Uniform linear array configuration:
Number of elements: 24
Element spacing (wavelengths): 0.75
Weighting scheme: cosine
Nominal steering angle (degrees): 0
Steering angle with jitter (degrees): -0.4953
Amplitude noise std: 0.05
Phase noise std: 0.05

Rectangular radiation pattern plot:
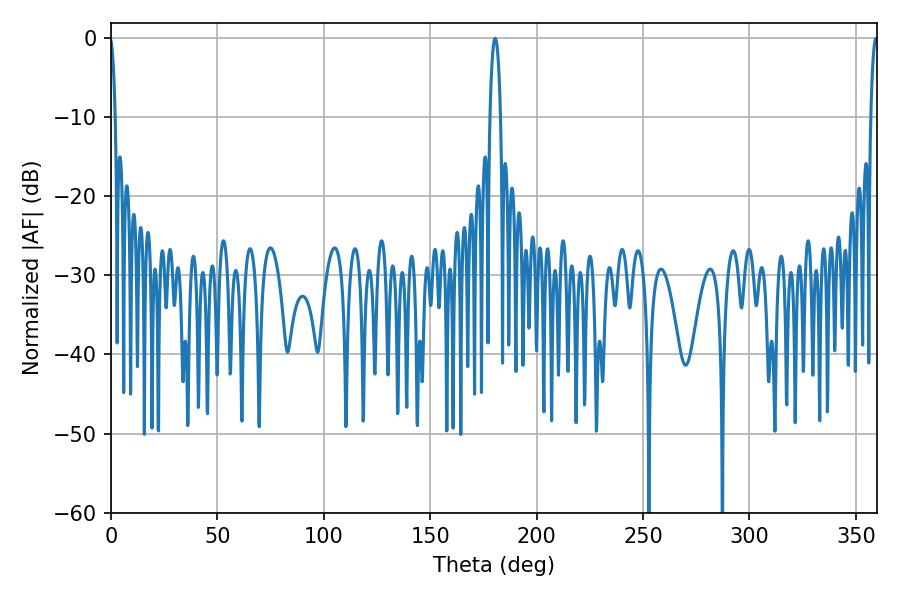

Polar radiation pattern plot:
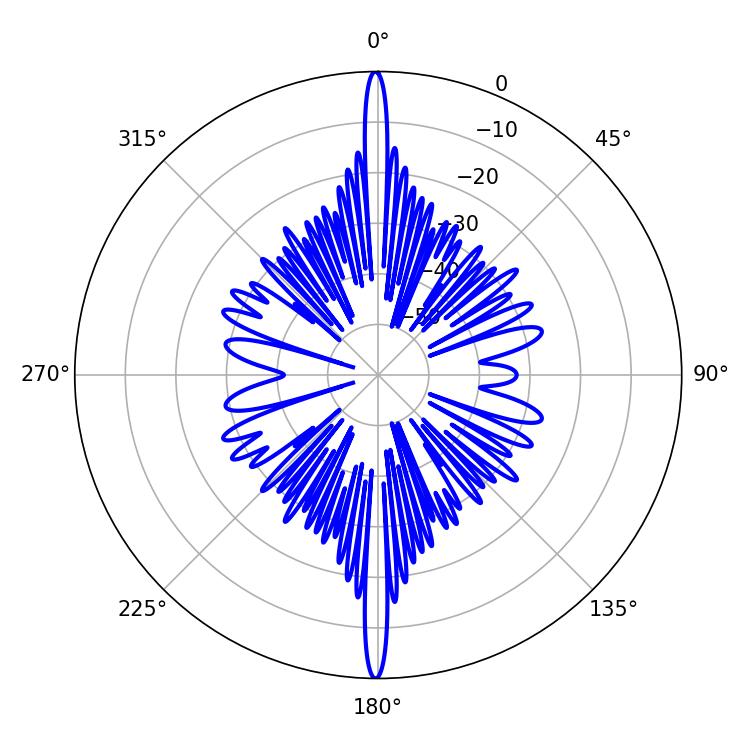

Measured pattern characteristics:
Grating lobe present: TRUE
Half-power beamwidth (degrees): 2.88
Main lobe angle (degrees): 180.54